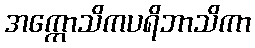
အက္ကောသိကပရိဘာသိကာ